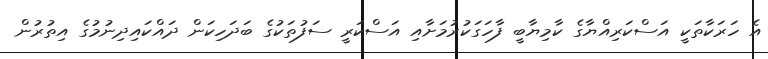
އެ ހަރަކާތަކީ އަސްކަރިއްޔާގެ ކާމިޔާބީ ފާހަގަކުރުމަށާއި އަސްކަރީ ސަފުތަކުގެ ބަދަހިކަން ދައްކައިދިނުމުގެ އިތުރުން